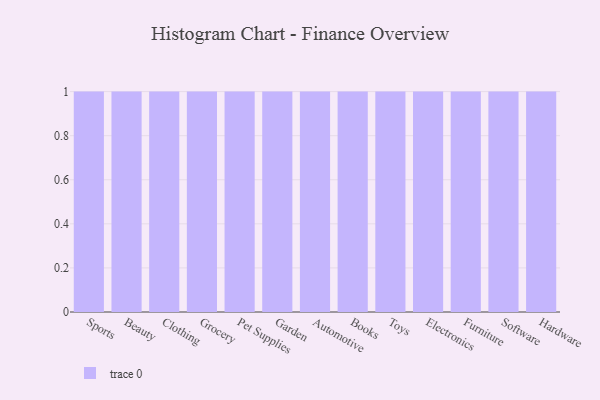
{"axis": {"x": "Category", "y": "Page Views"}, "legend": [""], "data": [{"x": "Sports", "y": 45, "type": ""}, {"x": "Beauty", "y": 86, "type": ""}, {"x": "Clothing", "y": 92, "type": ""}, {"x": "Grocery", "y": 99, "type": ""}, {"x": "Pet Supplies", "y": 51, "type": ""}, {"x": "Garden", "y": 69, "type": ""}, {"x": "Automotive", "y": 2, "type": ""}, {"x": "Books", "y": 29, "type": ""}, {"x": "Toys", "y": 39, "type": ""}, {"x": "Electronics", "y": 100, "type": ""}, {"x": "Furniture", "y": 76, "type": ""}, {"x": "Software", "y": 51, "type": ""}, {"x": "Hardware", "y": 64, "type": ""}]}